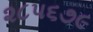
૨૮૫૬૭૯